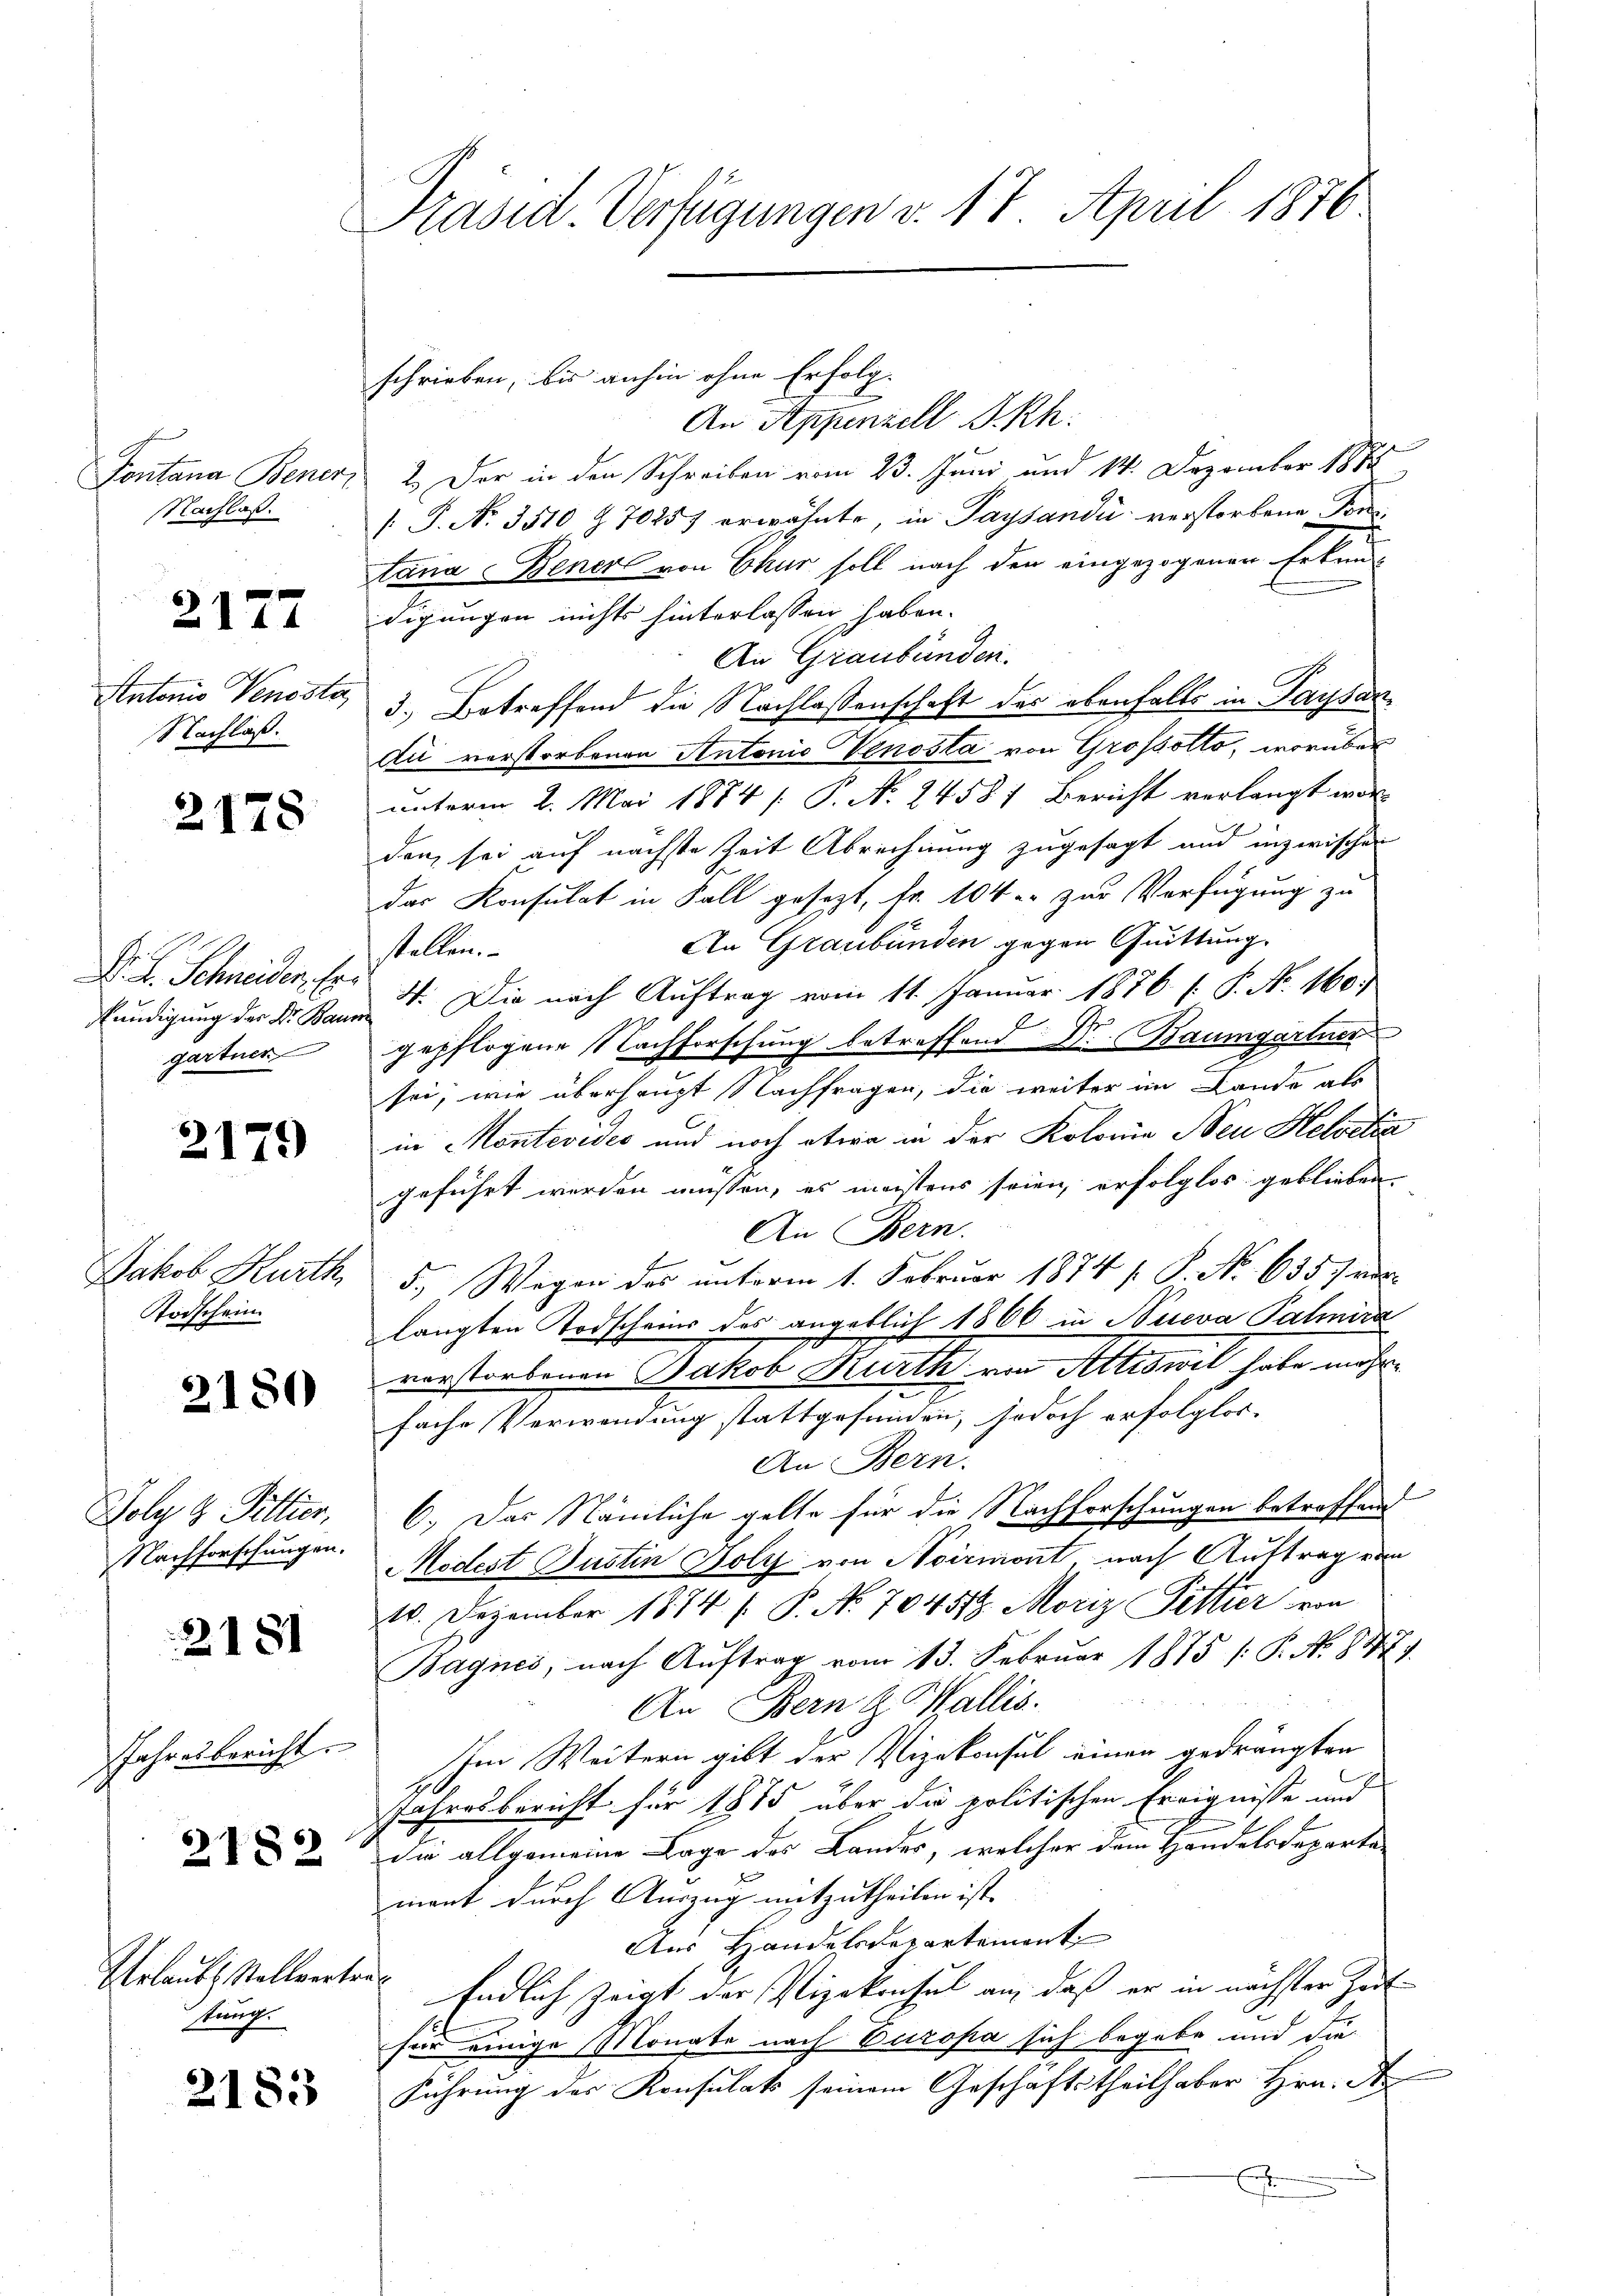
Fontana Bener
Nachlaß.

2122

Antonio Venssta
Nachlaß.

2178

Dr. L. Schneider Er
kundigung der Dr Bau
gartner

2179

Jakob Kurth
Sodschein.

2180

Joly d. Pittier,
Nachforschungen.

2181

Jahresbericht.
2182

Urlaubs Stellvertr
stung.

2183

Präsid Verfügungen v. 17. April 1876.

schrieben, bis anhin ohne Erfolg-
An Appenzell I.Rh.
2.) Der in den Schreiben vom 23. Juni und 14. Dezember 1891
[ P. Nr. 3510 Z 70257 erwähnte, in Paysandii verstorbene Son
tana Bener von Chur soll nach den eingezogenen Erkun-
digungen nichts hinterlassen haben.
An Graubünden.
3.) Betreffend die Nachlassenschaft des ebenfalls in Tagsandu verstorbenen Antonio Venosta von Großsotto, worüber
unterm 2. Mai 1884 [ P. N. 2458) Bericht verlangt wor-
den, sei auf nächste Zeit Abrechnung zugesagt und inzwischen
das Konsulat in Fall gesezt, fr. 104 u. zur Verfügung zu
An Graubünden gegen Quittung.
stellen.
N. Die nach Auftrag vom 11. Januar 1876 f. P. Nr. 160.
gepflogene Nachforschung betreffend Dr. Baumgartner
sei, wie überhaupt Nachfragen, die weiter im Lande als
in Montevides und noch etwa in der Kolonie Neu Helvetia
geführt werden müssen, es meistens seien, erfolglos geblieben,
An Bern.
1
5., Wegen des unterm 1. Februar 1874 f. P. Nr. 635 f vor
langten Todscheins des angeblich 1866 in Seeva Palnira
verstorbenen Jakob Kurth von Attiswil habe mehr
fache Verwendung stattgefunden, jedoch erfolglos.
An Bern.
6.) Das Nämliche gelte für die Nachforschungen betreffend
Modest Justin Holz von Noirmont, nach Auftrag vom
10. Dezember 1874 /. P. No. 70458. Moriz Pittier von
Bagnes, nach Auftrag vom 13. Februar 1875 /: P. No. 877.
An Bern & Wallis.
Im Weitern gibt der Vizekonsul einen gedrängten
Jahresbericht für 1875 über die politischen Ereignisse und
die allgemeine Lage des Landes, welcher dem Handelsdeparta-
mant durch Auszug mitzutheilen ist.
Aus Handelsdepartement
a
Endlich zeigt der Vizekonsul an, daß er in nächster Zeit
für einige Monate nach Europa sich begabe und die
Führung des Konsulats seinem Geschäftstheilhaber Hrn. A
n